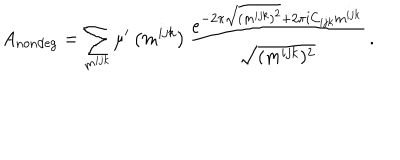
LaTeX: A _ { \mathrm { n o n d e g } } = \sum _ { m ^ { i j k } } \mu ^ { \prime } \left( m ^ { i j k } \right) \frac { e ^ { - 2 \pi \sqrt { ( m ^ { i j k } ) ^ { 2 } } + 2 \pi i C _ { i j k } m ^ { i j k } } } { \sqrt { ( m ^ { i j k } ) ^ { 2 } } } \, .